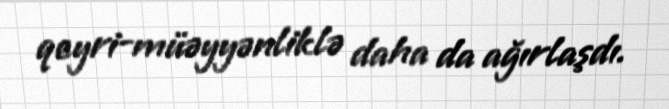
qeyri-müəyyənliklə daha da ağırlaşdı.